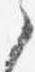
之